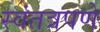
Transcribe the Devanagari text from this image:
स्वंतत्रपणे